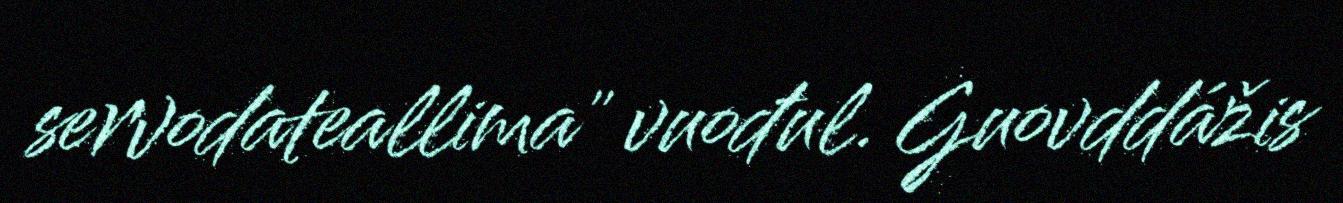
servodateallima" vuođul. Guovddážis